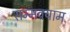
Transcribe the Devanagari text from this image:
सम्मवयाम